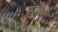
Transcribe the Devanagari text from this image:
अलेस